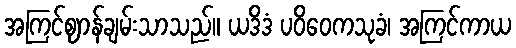
အကြင်ဈာန်ချမ်းသာသည်။ ယဒိဒံ ပဝိဝေကသုခံ၊ အကြင်ကာယ